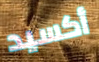
أكسيد